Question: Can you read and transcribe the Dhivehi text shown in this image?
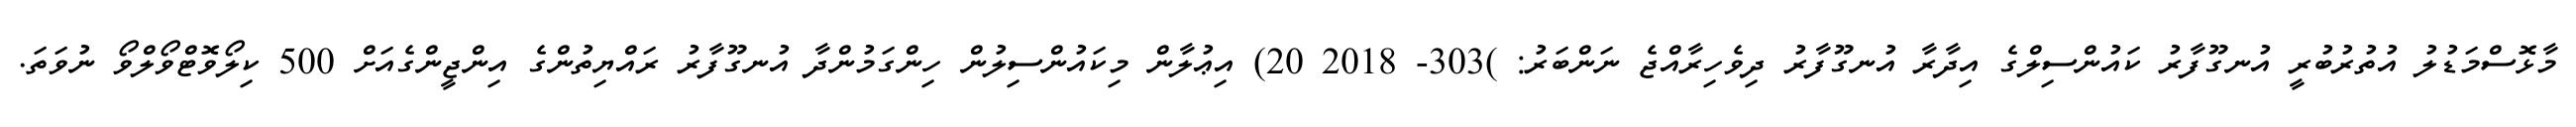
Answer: މާޅޮސްމަޑުލު އުތުރުބުރީ އުނގޫފާރު ކައުންސިލްގެ އިދާރާ އުނގޫފާރު ދިވެހިރާއްޖެ ނަންބަރު: )303- 2018 20) އިޢުލާން މިކައުންސިލުން ހިންގަމުންދާ އުނގޫފާރު ރައްޔިތުންގެ އިންޖީންގެއަށް 500 ކިލޯވޮޓްވޯލްވޯ ނުވަތަ.